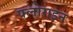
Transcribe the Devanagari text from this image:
फ्लोराइन